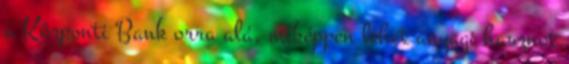
a Központi Bank orra alá, miképpen lehet anyagi hasznot